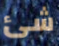
شئ